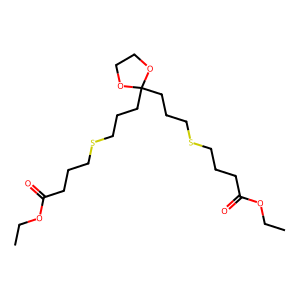
SMILES: CCOC(=O)CCCSCCCC1(CCCSCCCC(=O)OCC)OCCO1
Inhibits HIV replication: No